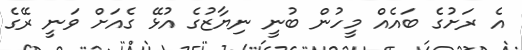
އެ ރަށުގެ ބައެއް މީހުން ބުނީ ނިޔާޒުގެ އުޅޭ ގެއަށް ވަނީ ރޭގެ